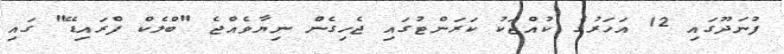
ފުނަދޫގައި 12 އަހަރުގެ ކުއްޖަކު ކަރަންޓުގައި ޖެހިގެން ނިޔާވެއްޖެ "ބްލެކް ފްރައިޑޭ" ގައި